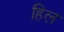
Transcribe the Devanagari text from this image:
हिल